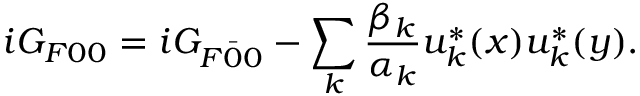
i G _ { F 0 0 } = i G _ { F \bar { 0 } { 0 } } - \sum _ { k } \frac { \beta _ { k } } { \alpha _ { k } } u _ { k } ^ { * } ( x ) u _ { k } ^ { * } ( y ) .